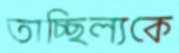
তাচ্ছিল্যকে